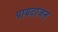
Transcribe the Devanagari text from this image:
पायटाजन